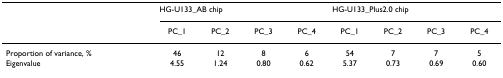
<table><thead><tr><td></td><td colspan="4"><b>HG-U133_AB chip</b></td><td colspan="4"><b>HG-U133_Plus2.0 chip</b></td></tr><tr><td></td><td><b>PC_1</b></td><td><b>PC_2</b></td><td><b>PC_3</b></td><td><b>PC_4</b></td><td><b>PC_1</b></td><td><b>PC_2</b></td><td><b>PC_3</b></td><td><b>PC_4</b></td></tr></thead><tbody><tr><td>Proportion of variance, %</td><td>46</td><td>12</td><td>8</td><td>6</td><td>54</td><td>7</td><td>7</td><td>5</td></tr><tr><td>Eigenvalue</td><td>4.55</td><td>1.24</td><td>0.80</td><td>0.62</td><td>5.37</td><td>0.73</td><td>0.69</td><td>0.60</td></tr></tbody></table>